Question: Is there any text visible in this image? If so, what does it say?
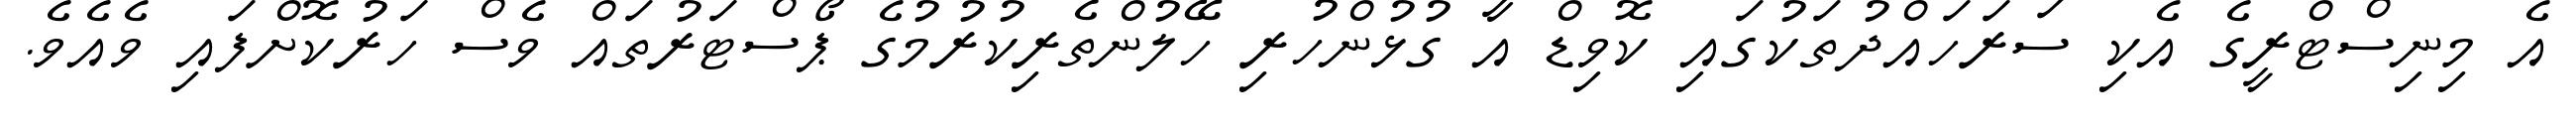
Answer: އެ މިނިސްޓްރީގެ އެކި ސަރަހައްދުތަކުގައި ކޮވިޑް އާ ގުޅުންހުރި ހޭލުންތެރިކުރުމުގެ ޕޯސްޓަރުތައް ވެސް ހަރުކޮށްފައި ވެއެވެ.